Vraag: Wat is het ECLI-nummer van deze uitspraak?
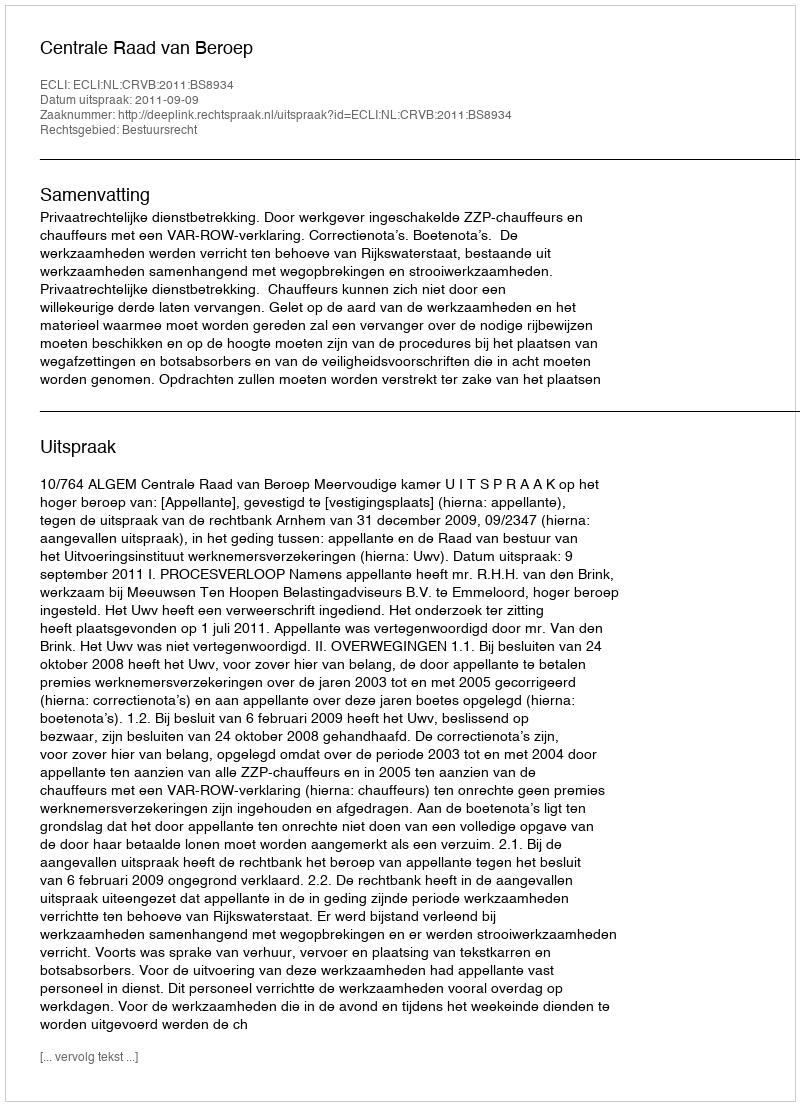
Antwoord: ECLI:NL:CRVB:2011:BS8934